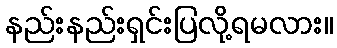
နည်းနည်းရှင်းပြလို့ရမလား။